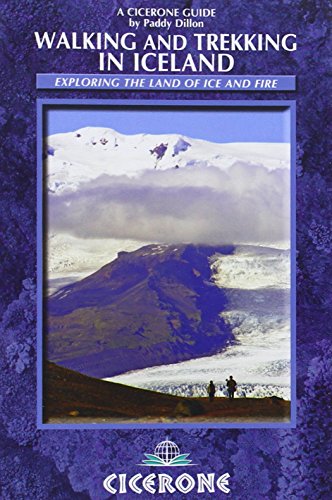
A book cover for Walking and Trekking in Iceland (Cicerone Guide); Paddy Dillon; Sports & Outdoors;